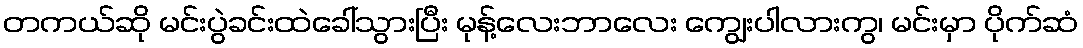
တကယ်ဆို မင်းပွဲခင်းထဲခေါ်သွားပြီး မုန့်လေးဘာလေး ကျွေးပါလားကွ၊ မင်းမှာ ပိုက်ဆံ